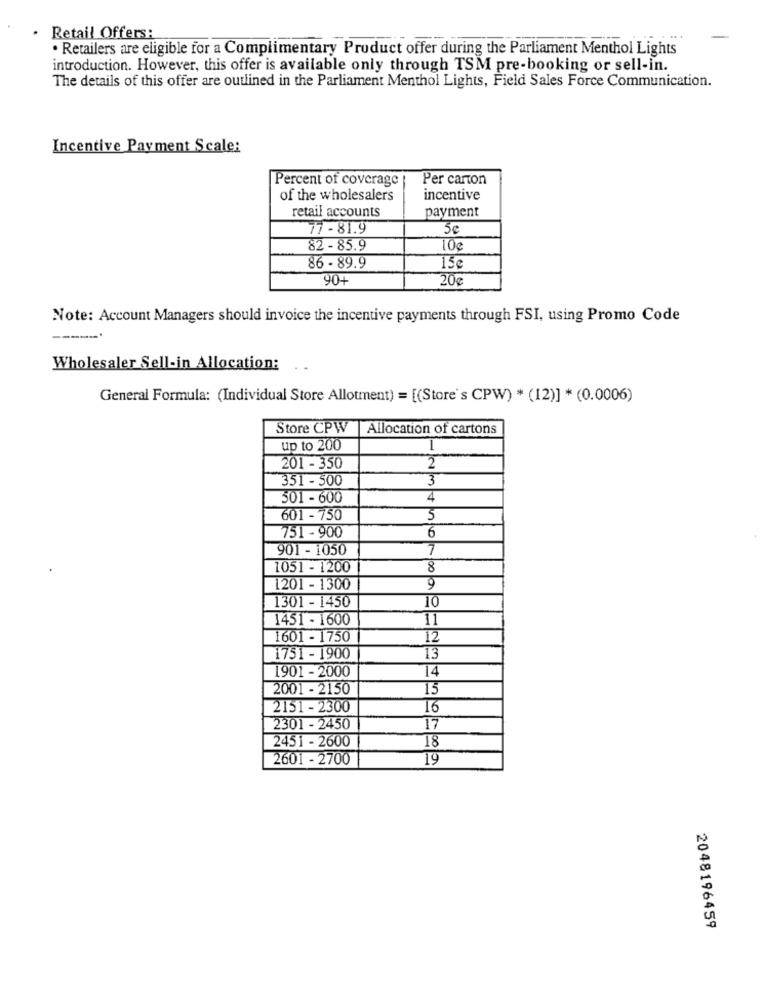
Retail Offers:
· Retailers are eligible for a Complimentary Product offer during the Parliament Menthol Lights
introduction. However, this offer is available only through TSM pre-booking or sell-in.
The details of this offer are outlined in the Parliament Menthol Lights, Field Sales Force Communication.
Incentive Payment Scale:
Percent of coverage
Per carton
of the wholesalers
incentive
retail accounts
payment
77 - 81.9
5€
82 - 85.9
10g
86 - 89.9
15€
904
20g
Note: Account Managers should invoice the incentive payments through FSI, using Promo Code
Wholesaler Sell-in Allocation:
General Formula: (Individual Store Allotment) = [(Store's CPW) * (12)] * (0.0006)
Store CPW
Allocation of cartons
up to 200
2
201 - 350
351 - 500
3
501 - 600
4
601 - 750
3
751 - 900
6
901 - 1050
7
1051 - 1200
8
1201 - 1300
9
1301 - 1450
10
1451 - 1600
11
1601 - 1750
12
1751 - 1900
13
1901 - 2000
14
2001 - 2150
15
2151 - 2300
16
2301 - 2450
17
2451 - 2600
18
2601 - 2700
19
2048196459